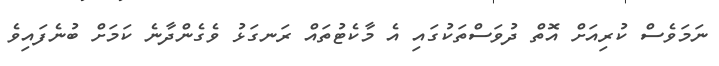
ނަމަވެސް ކުރިއަށް އޮތް ދުވަސްތަކުގައި އެ މާކެޓުތައް ރަނގަޅު ވެގެންދާނެ ކަމަށް ބުނެފައިވެ